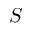
\cal { S }